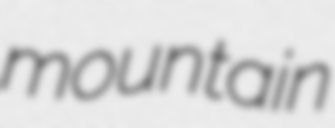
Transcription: mountain